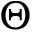
\Theta